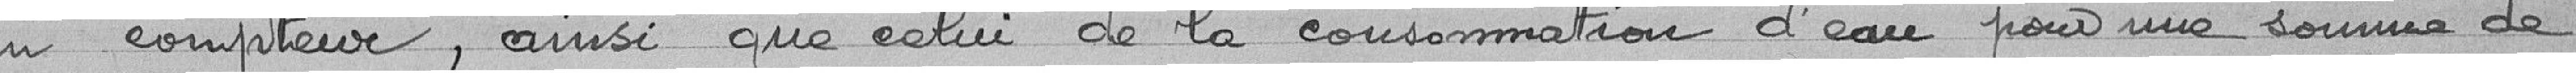
du compteur, ainsi que celui de la consommation d'eau pour une somme de